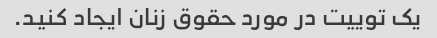
یک توییت در مورد حقوق زنان ایجاد کنید.